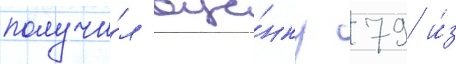
получи́л оце́нку 79 и́з